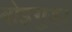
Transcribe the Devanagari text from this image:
बोइगुडा